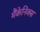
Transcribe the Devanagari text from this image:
मैंकेनिक्‍स